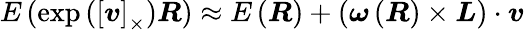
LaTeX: E\left(\exp\left(\left[{\boldsymbol{v}}\right]_{\times}\right){\boldsymbol{R}}\right)\approx E\left({\boldsymbol{R}}\right)+\left({\boldsymbol{\omega}}\left({\boldsymbol{R}}\right)\times{\boldsymbol{L}}\right)\cdot{\boldsymbol{v}}